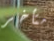
متأخر